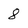
Character: 8